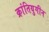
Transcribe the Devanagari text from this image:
क्रांतियुगीन